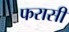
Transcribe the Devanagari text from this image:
फरासी